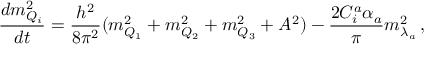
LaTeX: \frac { d m _ { Q _ { i } } ^ { 2 } } { d t } = \frac { h ^ { 2 } } { 8 \pi ^ { 2 } } ( m _ { Q _ { 1 } } ^ { 2 } + m _ { Q _ { 2 } } ^ { 2 } + m _ { Q _ { 3 } } ^ { 2 } + A ^ { 2 } ) - \frac { 2 C _ { i } ^ { a } \alpha _ { a } } { \pi } m _ { \lambda _ { a } } ^ { 2 } \, ,